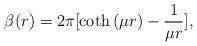
LaTeX: \begin{align*}\beta(r) = {2\pi} [ \coth{(\mu r)}- \frac{1}{\mu r} ],\end{align*}